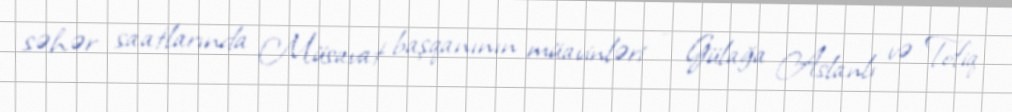
səhər saatlarında Müsavat başqanının müavinləri - Gülağa Aslanlı və Tofiq